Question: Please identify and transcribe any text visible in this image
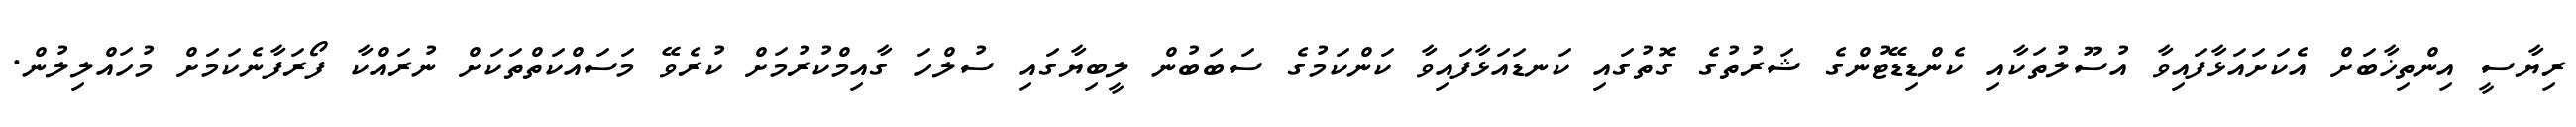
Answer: ރިޔާސީ އިންތިޚާބަށް އެކަށައަޅާފައިވާ އުސޫލުތަކާއި ކެންޑިޑޭޓުންގެ ޝަރުތުގެ ގޮތުގައި ކަނޑައަޅާފައިވާ ކަންކަމުގެ ސަބަބުން ލީބިޔާގައި ސުލްހަ ގާއިމްކުރުމަށް ކުރެވޭ މަސައްކަތްތަކަށް ނުރައްކާ ފޯރަފާނެކަމަށް މުހައްލިލުން.